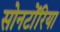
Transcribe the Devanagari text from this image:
सोनटोँरिया